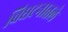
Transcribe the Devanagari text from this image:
विघटनातले